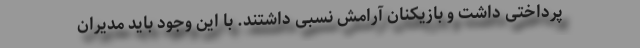
پرداختی داشت و بازیکنان آرامش نسبی داشتند. با این وجود باید مدیران